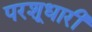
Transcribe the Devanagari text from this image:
परशूधारी